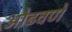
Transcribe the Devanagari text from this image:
ओढवणे